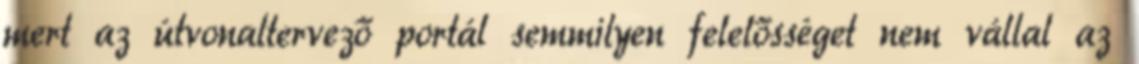
mert az útvonaltervező portál semmilyen felelősséget nem vállal az